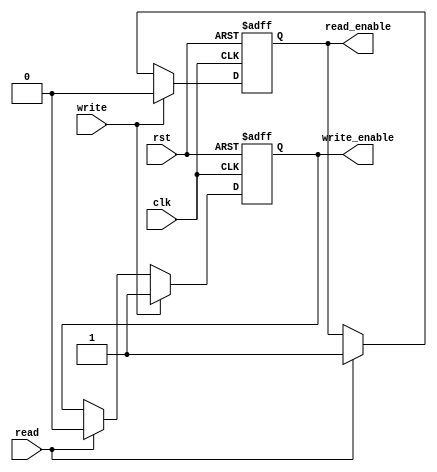
module timing_control_block (
    input wire clk,
    input wire rst,
    input wire read,
    input wire write,
    output reg read_enable,
    output reg write_enable
);

always @ (posedge clk or posedge rst) begin
    if (rst) begin
        read_enable <= 0;
        write_enable <= 0;
    end else begin
        if (read) begin
            read_enable <= 1;
            write_enable <= 0;
        end
        if (write) begin
            read_enable <= 0;
            write_enable <= 1;
        end
    end
end

endmodule